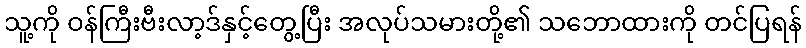
သူ့ကို ဝန်ကြီးဗီးလာ့ဒ်နှင့်တွေ့ပြီး အလုပ်သမားတို့၏ သဘောထားကို တင်ပြရန်